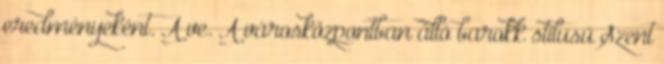
eredményeként. A ve. A városközpontban álló barokk stílusú Szent